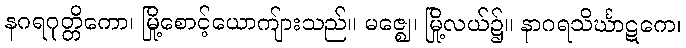
နဂရဂုတ္တိကော၊ မြို့စောင့်ယောကျ်ားသည်။ မဇ္ဈေ၊ မြို့လယ်၌။ နာဂရသိင်္ဃာဋကေ၊